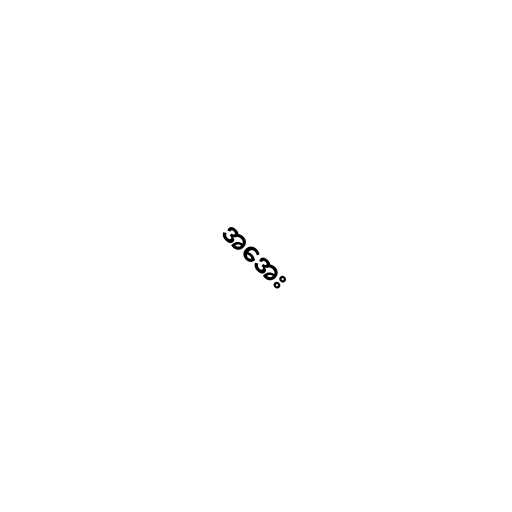
အအေး